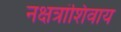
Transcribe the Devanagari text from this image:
नक्षत्रांशिवाय